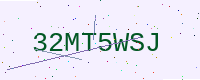
Text: 32MT5WSJ